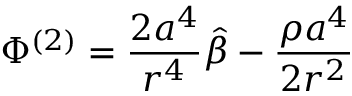
\Phi ^ { ( 2 ) } = \frac { 2 { a } ^ { 4 } } { r ^ { 4 } } \hat { \beta } - \frac { \rho { a } ^ { 4 } } { 2 r ^ { 2 } }